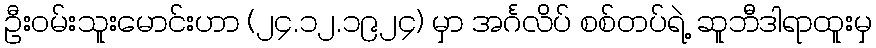
ဦးဝမ်းသူးမောင်းဟာ (၂၄.၁၂.၁၉၂၄) မှာ အင်္ဂလိပ် စစ်တပ်ရဲ့ ဆူဘီဒါရာထူးမှ